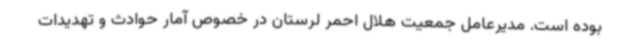
بوده است. مدیرعامل جمعیت هلال احمر لرستان در خصوص آمار حوادث و تهدیدات